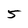
Character: 5